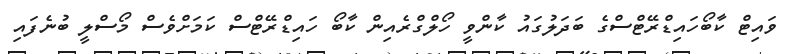
ވައިޓް ކާބޯހައިޑްރޭޓްސްގެ ބަދަލުގައު ކާންވީ ހޯލްގްރެއިން ކާބޯ ހައިޑްރޭޓްސް ކަމަށްވެސް މޯސްލީ ބުނެފައި